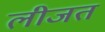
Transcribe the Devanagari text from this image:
लीजत